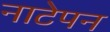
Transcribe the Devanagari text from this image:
नाटेपन